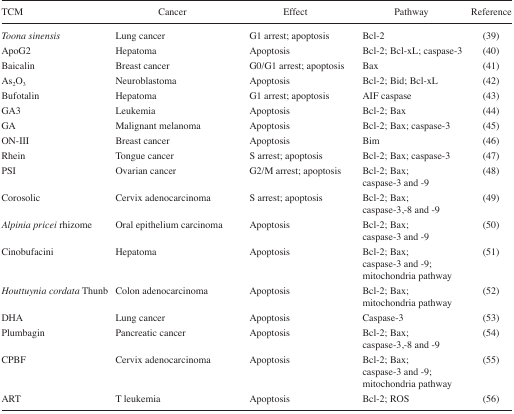
<table><thead><tr><td><b>TCM</b></td><td><b>Cancer</b></td><td><b>Effect</b></td><td><b>Pathway</b></td><td><b>Reference</b></td></tr></thead><tbody><tr><td><i>Toona sinensis</i></td><td>Lung cancer</td><td>G1 arrest; apoptosis</td><td>Bcl-2</td><td>(39)</td></tr><tr><td>ApoG2</td><td>Hepatoma</td><td>Apoptosis</td><td>Bcl-2; Bcl-xL; caspase-3</td><td>(40)</td></tr><tr><td>Baicalin</td><td>Breast cancer</td><td>G0/G1 arrest; apoptosis</td><td>Bax</td><td>(41)</td></tr><tr><td>As<sub>2</sub>O<sub>3</sub></td><td>Neuroblastoma</td><td>Apoptosis</td><td>Bcl-2; Bid; Bcl-xL</td><td>(42)</td></tr><tr><td>Bufotalin</td><td>Hepatoma</td><td>G1 arrest; apoptosis</td><td>AIF caspase</td><td>(43)</td></tr><tr><td>GA3</td><td>Leukemia</td><td>Apoptosis</td><td>Bcl-2; Bax</td><td>(44)</td></tr><tr><td>GA</td><td>Malignant melanoma</td><td>Apoptosis</td><td>Bcl-2; Bax; caspase-3</td><td>(45)</td></tr><tr><td>ON-III</td><td>Breast cancer</td><td>Apoptosis</td><td>Bim</td><td>(46)</td></tr><tr><td>Rhein</td><td>Tongue cancer</td><td>S arrest; apoptosis</td><td>Bcl-2; Bax; caspase-3</td><td>(47)</td></tr><tr><td>PSI</td><td>Ovarian cancer</td><td>G2/M arrest; apoptosis</td><td>Bcl-2; Bax; caspase-3 and -9</td><td>(48)</td></tr><tr><td>Corosolic</td><td>Cervix adenocarcinoma</td><td>S arrest; apoptosis</td><td>Bcl-2; Bax; caspase-3,-8 and -9</td><td>(49)</td></tr><tr><td><i>Alpinia pricei</i> rhizome</td><td>Oral epithelium carcinoma</td><td>Apoptosis</td><td>Bcl-2; Bax; caspase-3 and -9</td><td>(50)</td></tr><tr><td>Cinobufacini</td><td>Hepatoma</td><td>Apoptosis</td><td>Bcl-2; Bax; caspase-3 and -9; mitochondria pathway</td><td>(51)</td></tr><tr><td><i>Houttuynia cordata</i> Thunb</td><td>Colon adenocarcinoma</td><td>Apoptosis</td><td>Bcl-2; Bax; mitochondria pathway</td><td>(52)</td></tr><tr><td>DHA</td><td>Lung cancer</td><td>Apoptosis</td><td>Caspase-3</td><td>(53)</td></tr><tr><td>Plumbagin</td><td>Pancreatic cancer</td><td>Apoptosis</td><td>Bcl-2; Bax; caspase-3,-8 and -9</td><td>(54)</td></tr><tr><td>CPBF</td><td>Cervix adenocarcinoma</td><td>Apoptosis</td><td>Bcl-2; Bax; caspase-3 and -9; mitochondria pathway</td><td>(55)</td></tr><tr><td>ART</td><td>T leukemia</td><td>Apoptosis</td><td>Bcl-2; ROS</td><td>(56)</td></tr></tbody></table>